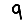
Digit: 9